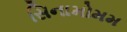
સિનામોમમ